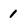
Character: 1